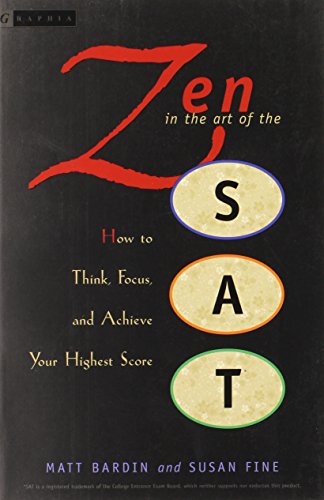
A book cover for Zen in the Art of the SAT: How to Think, Focus, and Achieve Your Highest Score; Matt Bardin; Teen & Young Adult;